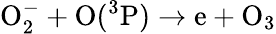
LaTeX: \mathrm O_{2}^{-}+\mathrm O(^{3}\mathrm P)\to\mathrm e+\mathrm O_{3}